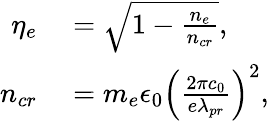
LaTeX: \begin{array}{rl}{\eta_{e}}&{{}=\sqrt{1-\frac{n_{e}}{n_{cr}}},}\\ {n_{cr}}&{{}=m_{e}\epsilon_{0}\left(\frac{2\pi c_{0}}{e\lambda_{pr}}\right)^{2},}\end{array}